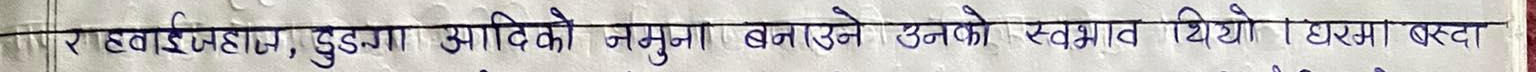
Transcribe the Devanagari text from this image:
रहवाईजहाज, ढुङ्गा आदिको नमुना बनाउने उनको स्वभाव थियो । उरुसा बस्दा